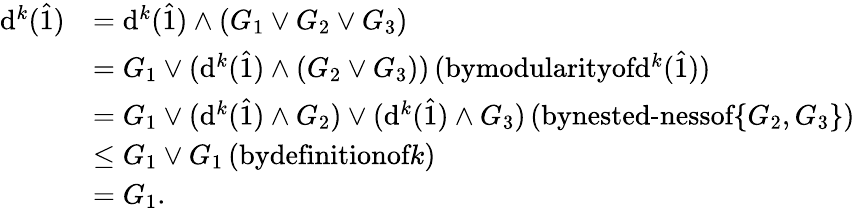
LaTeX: \begin{array}{rl}{\mathrm{d}^{k}(\hat{1})}&{=\mathrm{d}^{k}(\hat{1})\wedge(G_{1}\vee G_{2}\vee G_{3})}\\ &{=G_{1}\vee(\mathrm{d}^{k}(\hat{1})\wedge(G_{2}\vee G_{3}))\, (\textrm{bymodularityof}\mathrm{d}^{k}(\hat{1}))}\\ &{=G_{1}\vee(\mathrm{d}^{k}(\hat{1})\wedge G_{2})\vee(\mathrm{d}^{k}(\hat{1})\wedge G_{3})\, (\textrm{bynested-nessof}\{ G_{2},G_{3}\} )}\\ &{\leq G_{1}\vee G_{1}\, (\textrm{bydefinitionof}k)}\\ &{=G_{1}.}\end{array}